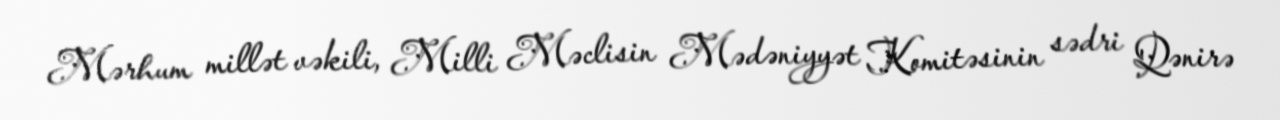
Mərhum millət vəkili, Milli Məclisin Mədəniyyət Komitəsinin sədri Qənirə